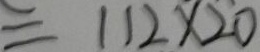
= 1 1 2 \times 2 0